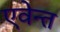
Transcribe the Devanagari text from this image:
एवेन्त